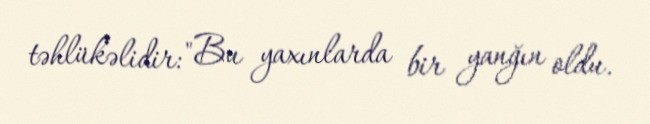
təhlükəlidir: "Bu yaxınlarda bir yanğın oldu.